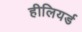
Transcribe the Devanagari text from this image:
हीलियर्ड